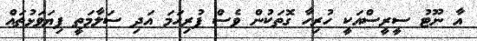
އާ ނޫޓު ސީރީސްއަކީ ހުރިހާ ގޮތަކުން ވެސް ފުރިހަމަ އަދި ސަލާމަތީ ފިޔަވަޅުތައް